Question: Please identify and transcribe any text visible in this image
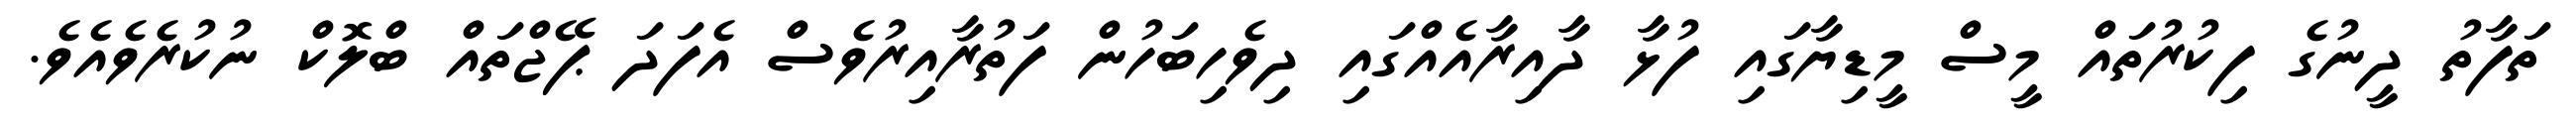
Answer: ތަފާތު ދީނުގެ ފިކުރުތައް މީސް މީޑިޔާގައި ފުޅާ ދާއިރާއެއްގައި ދިވެހިބަހުން ފަތުރާއިރުވެސް އެފަދަ ޕޭޖްތައް ބްލޮކް ނުކުރެވެއެވެ.